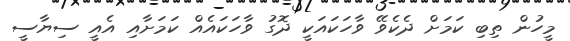
މީހުން ތިބި ކަމަށް ދެކެވޭ ވާހަކައަކީ ދޮގު ވާހަކައެއް ކަމަށާއި އެއީ ސިޔާސީ